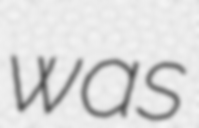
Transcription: was